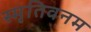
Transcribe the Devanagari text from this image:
स्मृतिवनम